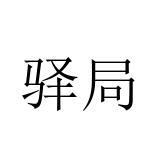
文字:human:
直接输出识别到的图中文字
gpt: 驿局